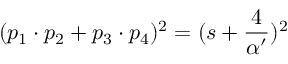
( p _ { 1 } \cdot p _ { 2 } + p _ { 3 } \cdot p _ { 4 } ) ^ { 2 } = ( s + \frac { 4 } { \alpha ^ { \prime } } ) ^ { 2 }